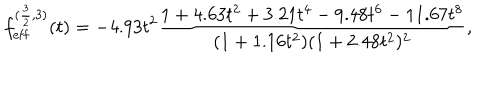
LaTeX: f _ { \mathrm { e f f } } ^ { ( \frac { 3 } { 2 } , 3 ) } ( t ) = - 4 . 9 3 t ^ { 2 } \frac { 1 + 4 . 6 3 t ^ { 2 } + 3 . 2 1 t ^ { 4 } - 9 . 4 8 t ^ { 6 } - 1 1 . 6 7 t ^ { 8 } } { ( 1 + 1 . 1 6 t ^ { 2 } ) ( 1 + 2 . 4 8 t ^ { 2 } ) ^ { 2 } } ,